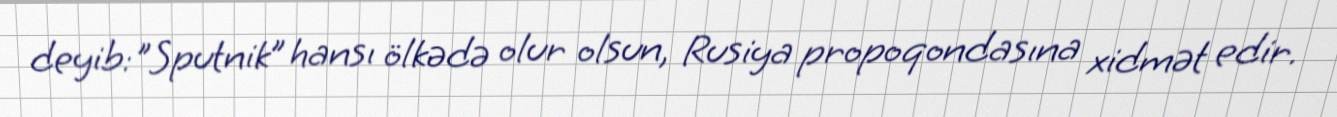
deyib:"Sputnik” hansı ölkədə olur olsun, Rusiya propoqondasına xidmət edir.